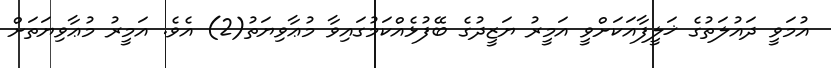
އުމަވީ ދައުލަތުގެ ޚަލީފާއަކަށްވީ އަމީރު ޔަޒީދުގެ ބޭފުޅެއްކަމުގައިވާ މުޢާވިޔަތު(2) އެވެ. އަމީރު މުޢާވިޔަތަށް